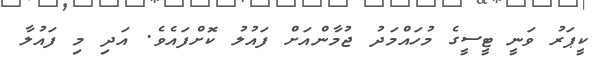
ކީޕަރު ވަނީ ޓީސީގެ މުުހައްމަދު ޖުމާންއަށް ފައުލު ކޮށްފައެވެ. އަދި މި ފައުލާ